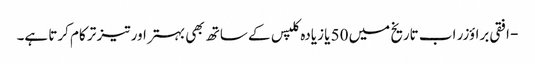
- افقی براؤزر اب تاریخ میں 50 یا زیادہ کلپس کے ساتھ بھی بہتر اور تیز تر کام کرتا ہے۔